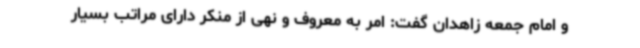
و امام جمعه زاهدان گفت: امر به معروف و نهی از منکر دارای مراتب بسیار